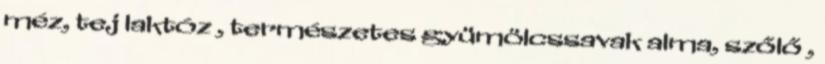
méz, tej laktóz , természetes gyümölcssavak alma, szőlő ,